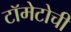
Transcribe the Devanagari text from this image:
टॉमेटोची